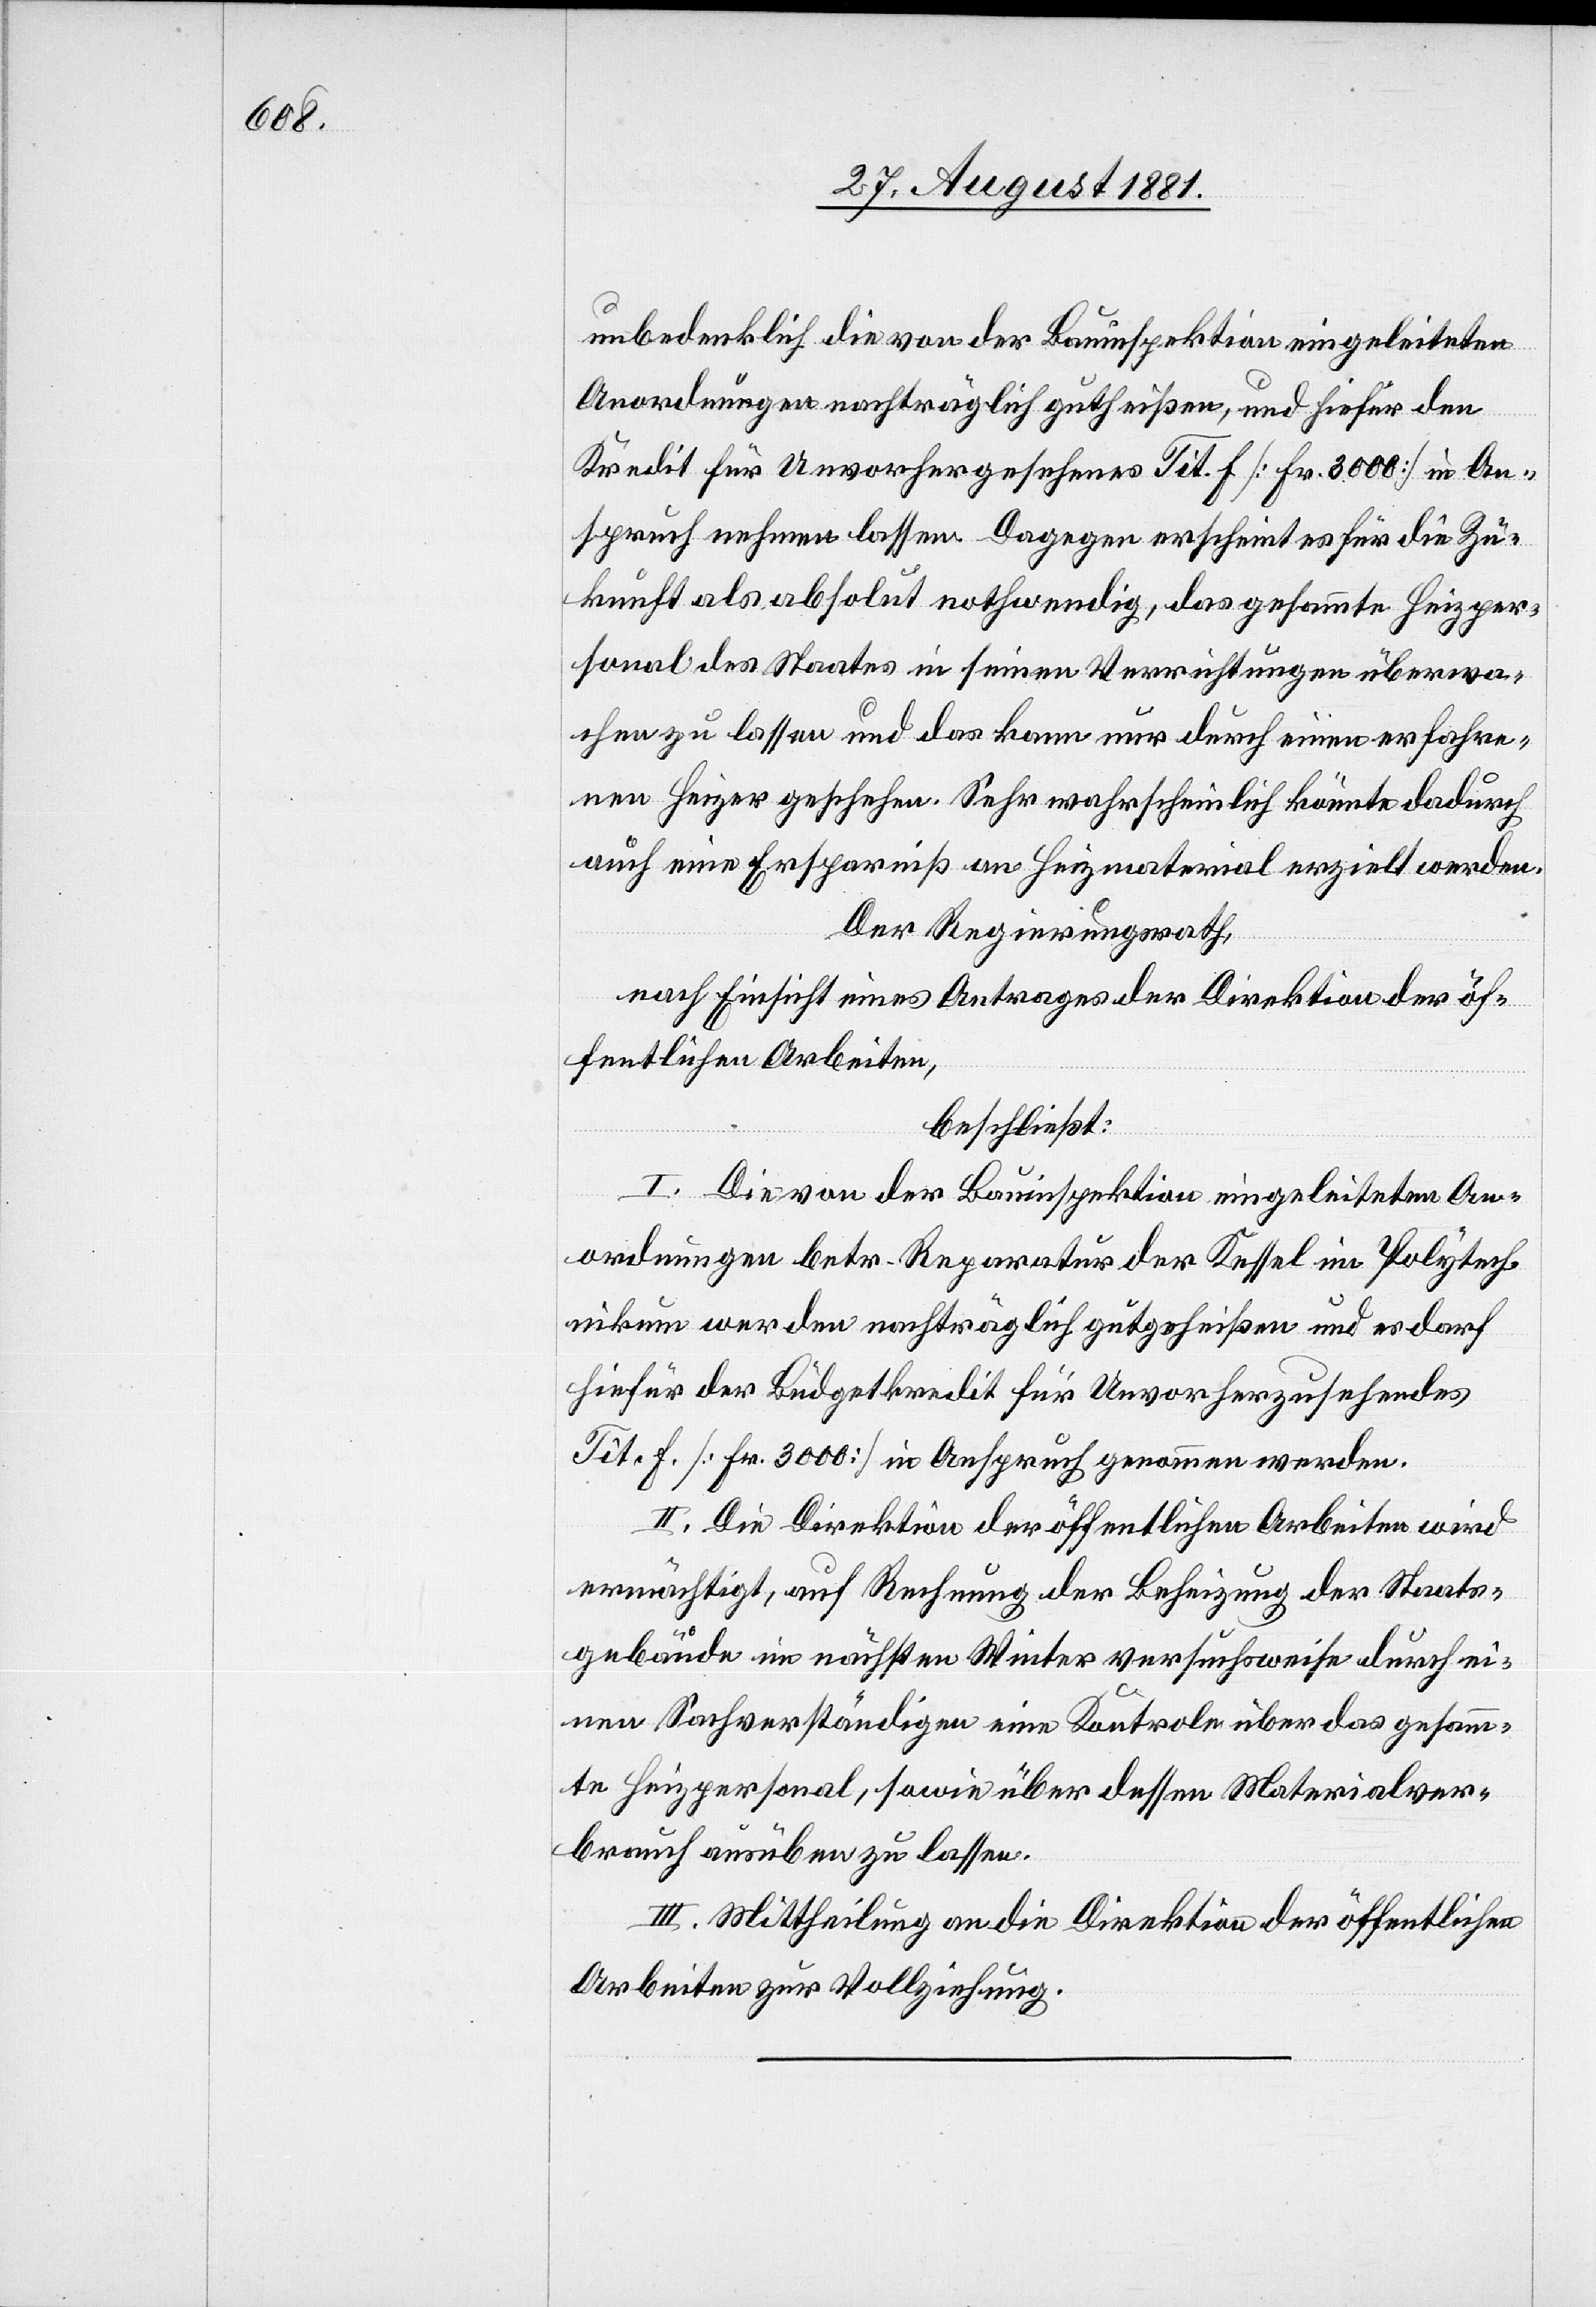
unbedenklich die von der Bauinspektion eingeleiteten
Anordnungen nachträglich gutheißen, und hiefür den
Kredit für Unvorhergesehenes Tit. f [Fr. 3000] in An¬
spruch nehmen lassen. Dagegen erscheint es für die Zu¬
kunft als absolut nothwendig, das gesammte Heizper¬
sonal des Staates in seinen Verrichtungen überwa¬
chen zu lassen und das kann nur durch einen erfahre¬
nen Heizer geschehen. Sehr wahrscheinlich könnte dadurch
auch eine Ersparniß an Heizmaterial erzielt werden.
Der Regierungsrath,
nach Einsicht eines Antrages der Direktion der öf¬
fentlichen Arbeiten,
beschließt:
I. Die von der Bauinspektion eingeleiteten Aen¬
derungen betr. Reparatur der Kessel im Polytech¬
nikum werden nachträglich gutgeheißen und es darf
hiefür der Büdgetkredit für Unvorherzusehendes
Tit. f. [Fr. 3000] in Anspruch genommen werden.
II. Die Direktion der öffentlichen Arbeiten wird
ermächtigt, auf Rechnung der Beheizung der Staats¬
gebäude im nächsten Winter versuchsweise durch ei¬
nen Sachverständigen eine Kontrole über das gesamm¬
te Heizpersonal, sowie über dessen Materialver¬
brauch ausüben zu lassen.
III. Mittheilung an die Direktion der öffentlichen
Arbeiten zur Vollziehung.